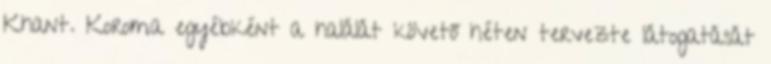
Khant. Koroma egyébként a halálát követő héten tervezte látogatását